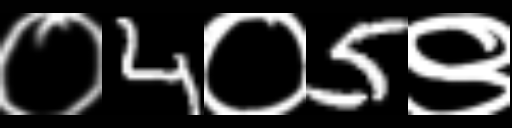
Text: ०4०5९